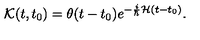
{ \cal { K } } ( t , t _ { 0 } ) = \theta ( t - t _ { 0 } ) e ^ { - \frac { i } { \hbar } { \cal { H } } ( t - t _ { 0 } ) } .